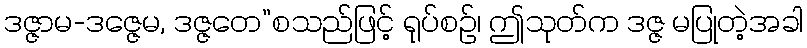
ဒဇ္ဇာမ-ဒဇ္ဇေမ, ဒဇ္ဇတေ”စသည်ဖြင့် ရုပ်စဉ်၊ ဤသုတ်က ဒဇ္ဇ မပြုတဲ့အခါ